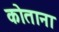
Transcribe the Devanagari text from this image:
कोताना